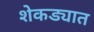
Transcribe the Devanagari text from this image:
शेकड्यात